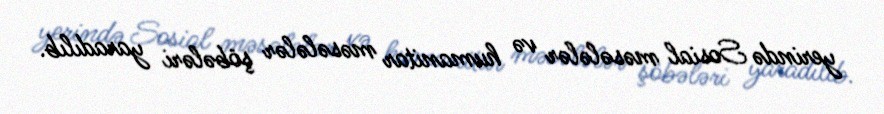
yerində Sosial məsələlər və humanitar məsələlər şöbələri yaradılıb.